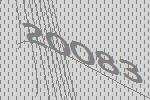
20083